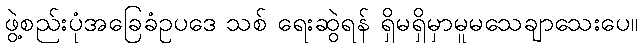
ဖွဲ့စည်းပုံအခြေခံဥပဒေ သစ် ရေးဆွဲရန် ရှိမရှိမှာမူမသေချာသေးပေ။